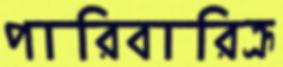
পারিবারিক্র